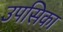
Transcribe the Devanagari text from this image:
उपसिका